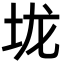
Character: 垅